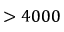
> 4 0 0 0